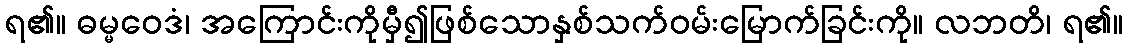
ရ၏။ ဓမ္မဝေဒံ၊ အကြောင်းကိုမှီ၍ဖြစ်သောနှစ်သက်ဝမ်းမြောက်ခြင်းကို။ လဘတိ၊ ရ၏။